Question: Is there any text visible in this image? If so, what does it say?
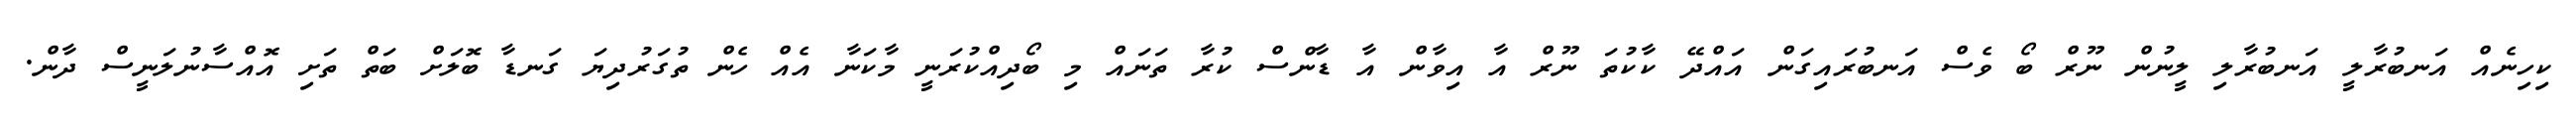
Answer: ކިހިނެއް އަނބުރާލީ އަނބުރާލި ލީނުން ނޫރް ބޯ ވެސް އަނބުރައިގަން އައްދޭ ކާކުތަ ނޫރް އާ އިވާން އާ ޑާންސް ކުރާ ތަނައް މި ބޯދިއްކުރަނީ މާކަނާ އެއް ހެން ތުގަރުދިޔަ ގަނޑާ ބޮލަށް ބަތް ތަށި އޮއްސާނުލަނީސް ދާން.